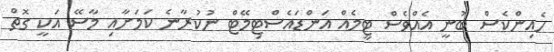
ހެއިންކެސް ބުނީ އެއްވެސް ޓީމެއް އަންޑައެސްޓިމޭޓް ނުކުރާނެ ކަމަށާއި މާސޭ އަކީ ގޮތް